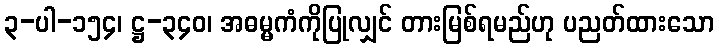
၃-ပါ-၁၅၄၊ ဋ္ဌ-၃၄၀၊ အဓမ္မကံကိုပြုလျှင် တားမြစ်ရမည်ဟု ပညတ်ထားသော